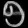
Digit: ၅